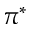
\pi ^ { * }